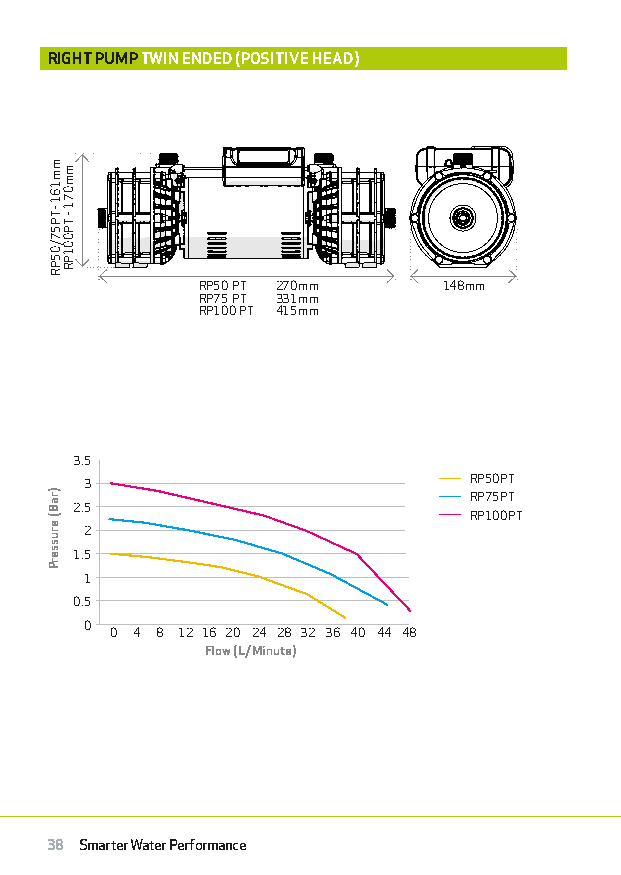
RIGHT PUMP TWIN ENDED (POSITIVE HEAD)
 RP50 PT 270mm   148mm
 RP75 PT 331mm
 RP100 PT 415mm
 3.5
 3                        RP50PT
 RP75PT
 2.5
 RP100PT
 2
 1.5
 1
 0.5
 0
 0 4 8 12 16 20 24 28 32 36 40 44 48
 Flow (L/Minute)
 38 Smarter Water Performance
 mm161
 -TP57/05PR
 )raB(
 erusserP
 mm071
 -
 TP001PR